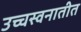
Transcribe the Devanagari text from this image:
उच्चस्वनातीत